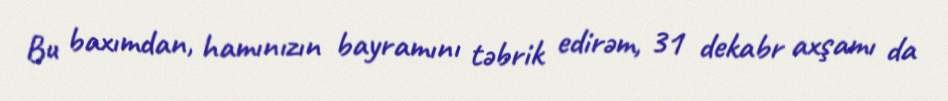
Bu baxımdan, hamınızın bayramını təbrik edirəm, 31 dekabr axşamı da